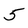
Character: 5